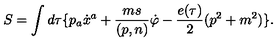
S = \int d \tau \{ p _ { a } \dot { x } ^ { a } + \frac { m s } { ( p , n ) } \dot { \varphi } - \frac { e ( \tau ) } { 2 } ( p ^ { 2 } + m ^ { 2 } ) \} .